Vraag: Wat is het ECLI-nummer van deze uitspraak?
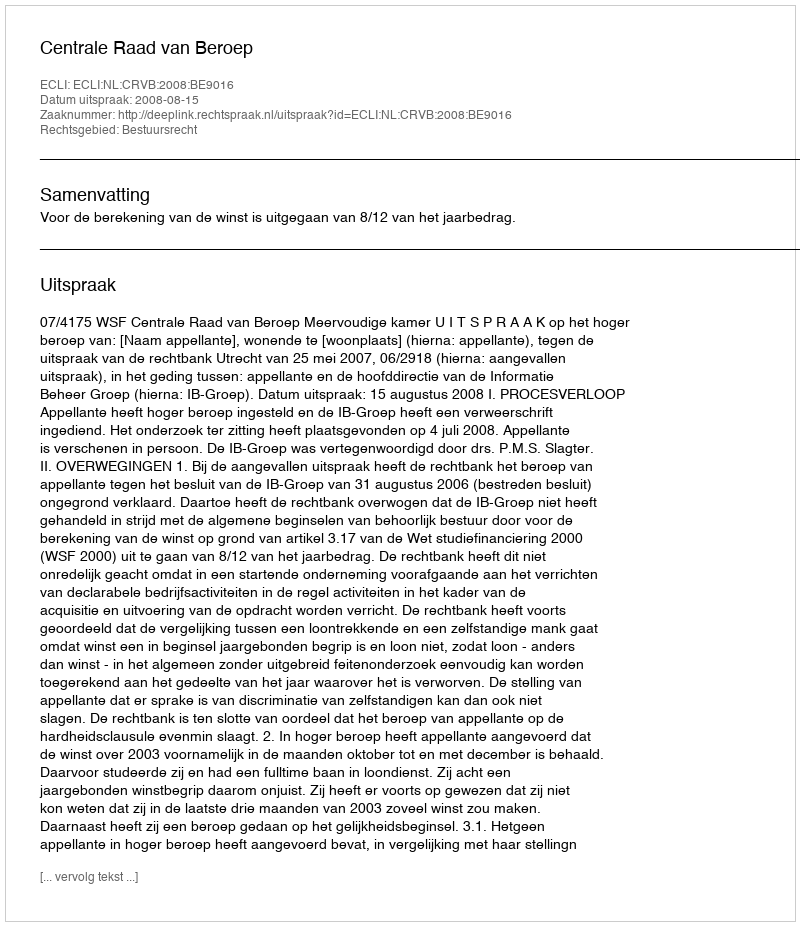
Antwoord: ECLI:NL:CRVB:2008:BE9016